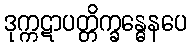
ဒုက္ကဋာပတ္တိက္ခန္ဓေနပေ